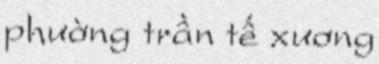
phường trần tế xương